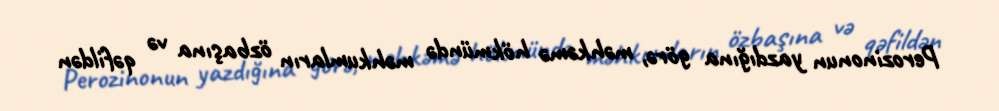
Perozinonun yazdığına görə, məhkəmə hökmündə məhkumların özbaşına və qəfildən